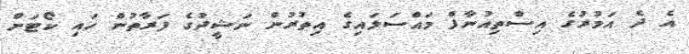
އެ ދެ އަމުރުގެ އިސްތިއުނާފް މައްސަލައިގެ އިތުރުން ނަޝީދުގެ ފަރާތުން ހައި ކޯޓަށް